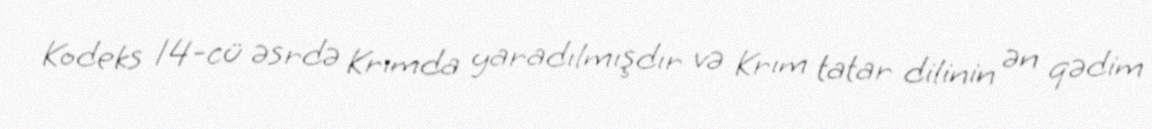
Kodeks 14-cü əsrdə Krımda yaradılmışdır və Krım tatar dilinin ən qədim